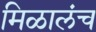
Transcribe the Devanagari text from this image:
मिळालंच